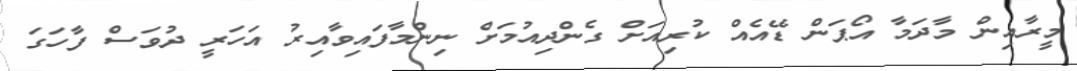
މީރާއިން މާދަމާ އޯޕަން ޑޭއެއް ކުރިއަަށް ގެންދިއުމަށް ނިންމާފައިވާއިރު އަހަރީ ދުވަސް ފާހަގަ